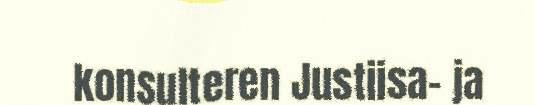
konsulteren Justiisa- ja